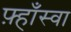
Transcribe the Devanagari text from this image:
फ़्हाँस्वा